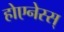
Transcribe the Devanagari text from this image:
होएनेस्स्